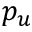
p _ { u }